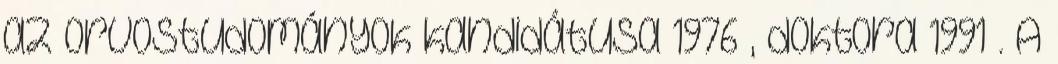
az orvostudományok kandidátusa 1976 , doktora 1991 . A